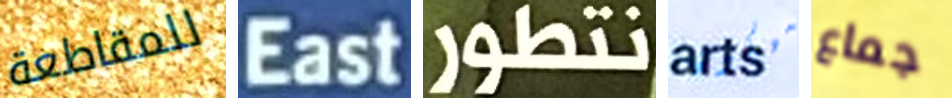
للمقاطعة East نتطور سيكون جماع